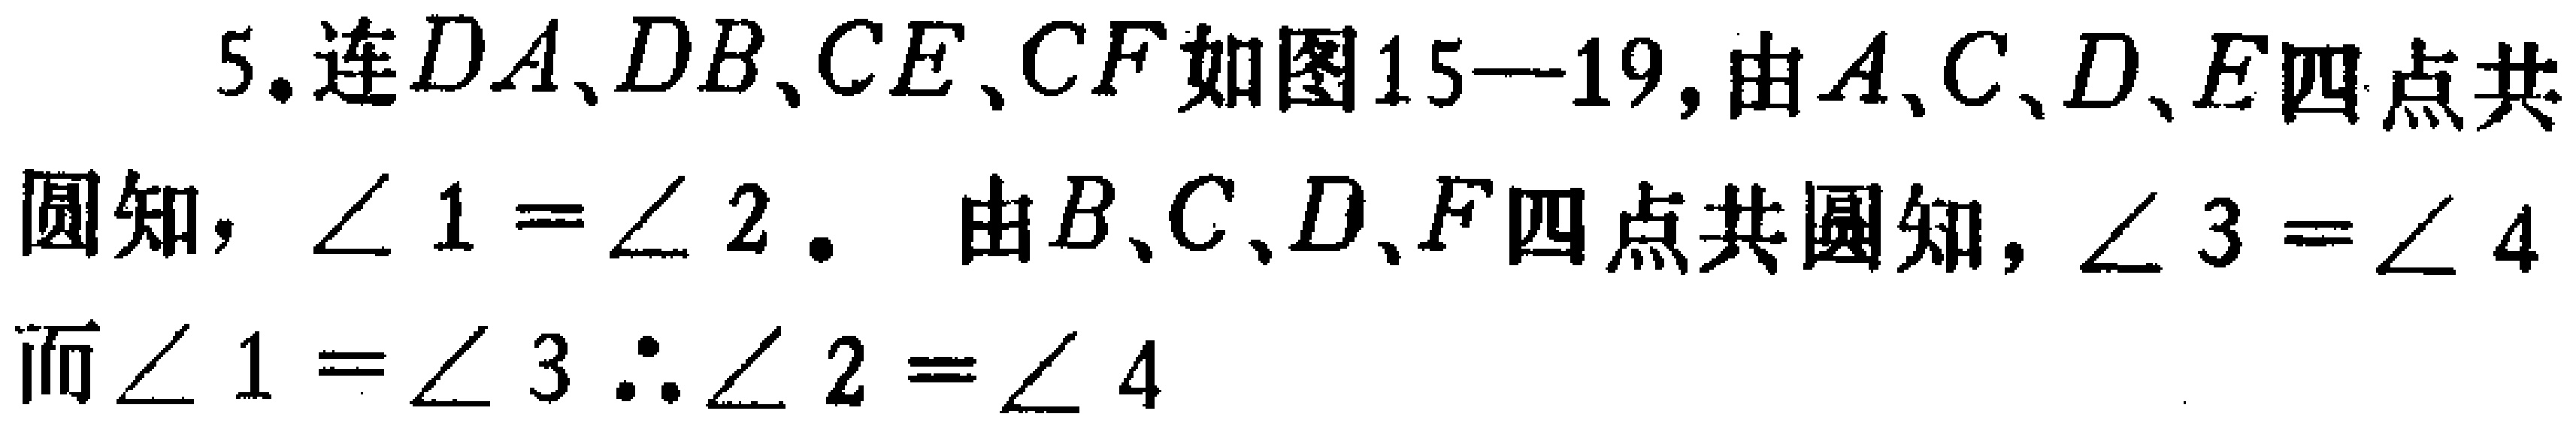
5. 连 \(DA、DB、CE、CF\) 如图15—19，由 \(A、C、D、E\) 四点共圆知，\(\angle 1 = \angle 2\)。由 \(B、C、D、F\) 四点共圆知，\(\angle 3 = \angle 4\) 而 \(\angle 1 = \angle 3\) \(\therefore \angle 2 = \angle 4\)